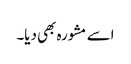
اسے مشورہ بھی دیا۔